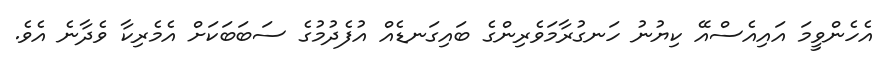
އެހެންވީމަ އައިއެސްއޭ ކިޔުނު ހަނގުރާމަވެރިންގެ ބައިގަނޑެއް އުފެދުމުގެ ސަބަބަކަށް އެމެރިކާ ވެދާނެ އެވެ.